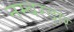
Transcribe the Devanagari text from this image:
नम्बरदार